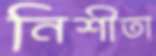
নিশীতা